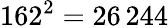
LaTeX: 162^{2}=26\, 244